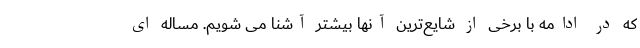
که در ادامه با برخی از شایع‌ترین آنها بیشتر آشنا می شویم. مساله ای